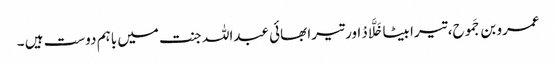
عمرو بن جَموح، تیرا بیٹا خَلَّادْ اور تیرا بھائی عبداللہ جنت میں باہم دوست ہیں ۔